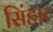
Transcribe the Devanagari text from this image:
सिंहार